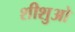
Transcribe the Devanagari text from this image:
शीशुओ